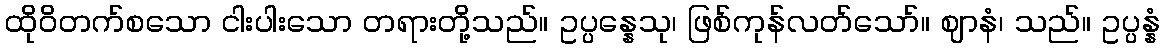
ထိုဝိတက်စသော ငါးပါးသော တရားတို့သည်။ ဥပ္ပန္နေသု၊ ဖြစ်ကုန်လတ်သော်။ ဈာနံ၊ သည်။ ဥပ္ပန္နံ